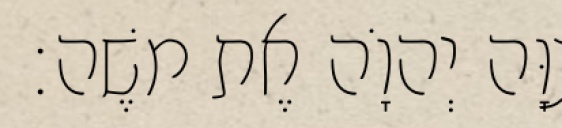
צִוָּה יְהוָֹה אֶת משֶׁה׃